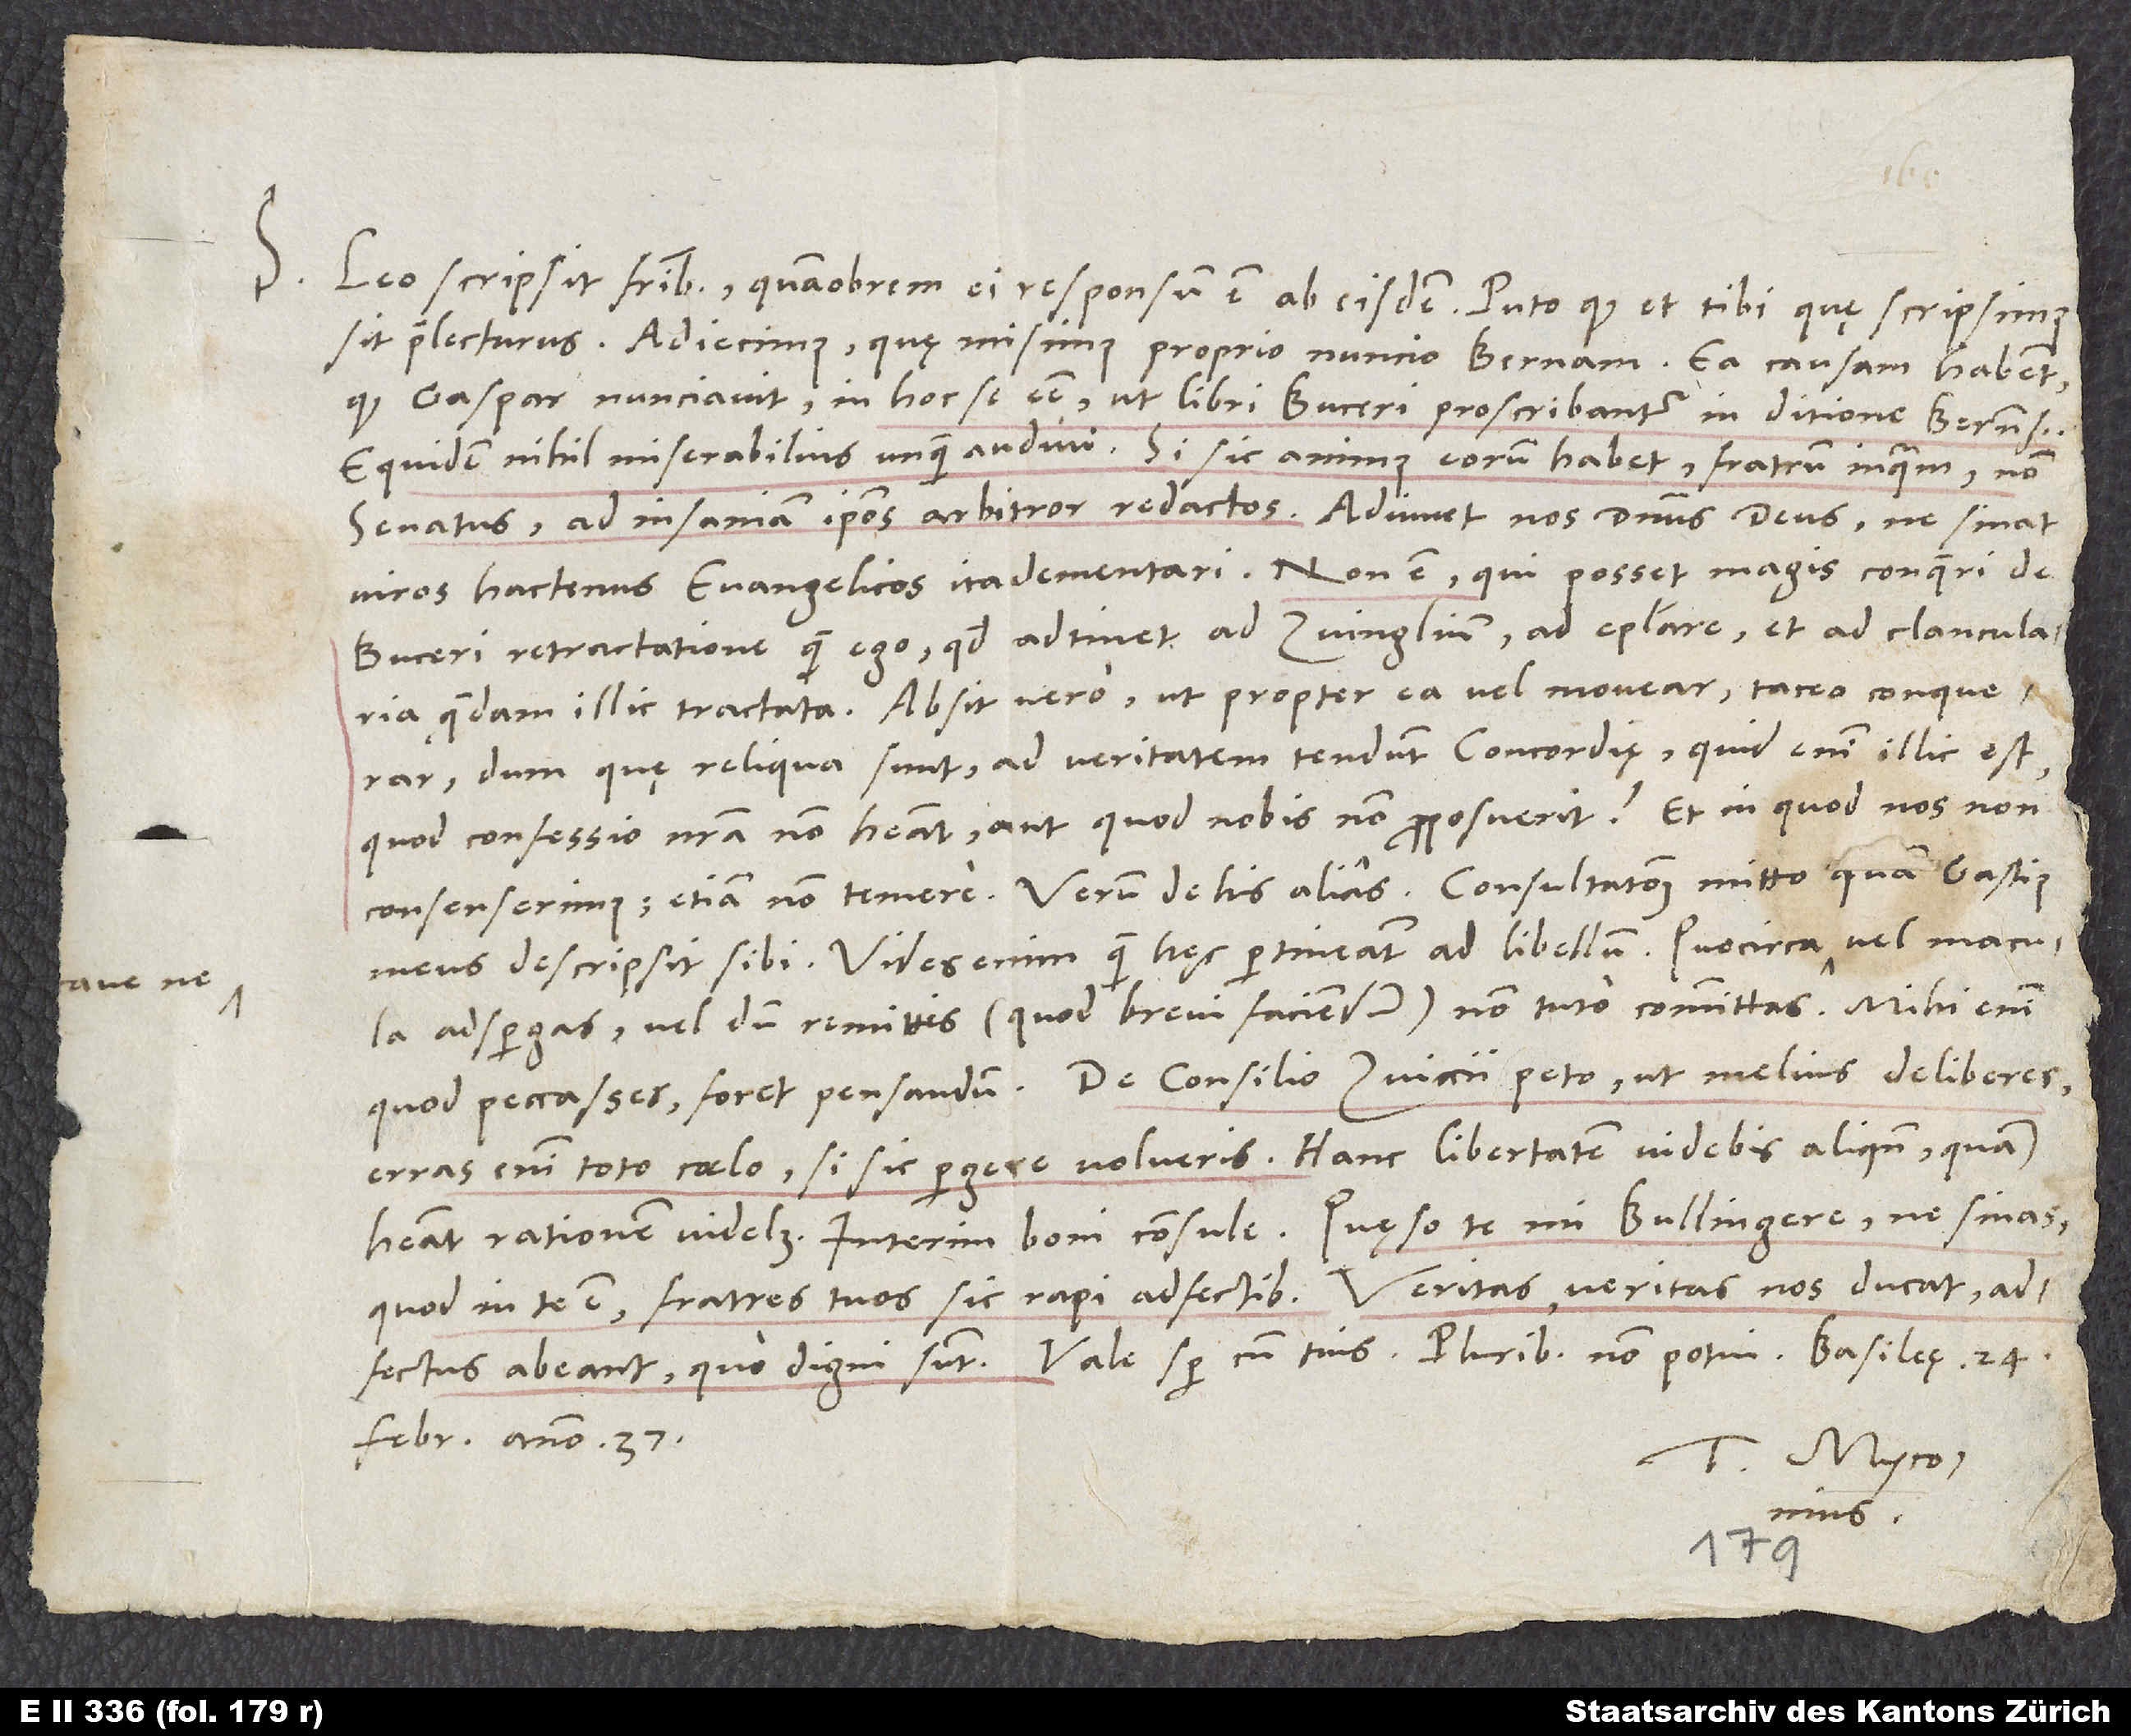
S. Leo scripsit fratribus, quamobrem ei responsum est ab eisdem. Puto, quod et tibi, quę scripsimus,
sit praelecturus. Adiecimus, quę misimus proprio nuncio Bernam. Ea causam habent,
quod Gaspar nunciavit in hoc se esse, ut libri Buceri proscribantur in ditione Bernensi.
Equidem nihil miserabilius unquam audivi. Si sic animus eorum habet, fratrum inquam, non
senatus, ad insaniam ipsos arbitror redactos. Adiuvet nos dominus deus, ne sinat
viros hactenus evangelicos ita dementari. Non est, qui posset magis conqueri de
Buceri Retractatione quam ego, quod adtinet ad Zvinglium, ad Epistolare et ad clancularia
quaedam illic tractata. Absit vero, ut propter ea vel movear, taceo conquerar,
dum, quę reliqua sunt, ad veritatem tendunt concordiae. Quid enim illic est,
quod confessio nostra non habeat aut quod nobis non proposuerit? Et in quod nos non
meus descripsit sibi. Vides enim, quam hęc pertineant ad libellum. Quocirca cave,
adspergas vel, dum remittis (quod brevi faciendum), non tuto committas. Mihi enim,
erras enim toto coelo, si sic pergere volueris. Hanc libertatem videbis aliquando, quam
quod in te est, fratres tuos sic rapi adfectibus. Veritas, veritas nos ducat, adfectus
februarii anno 37.